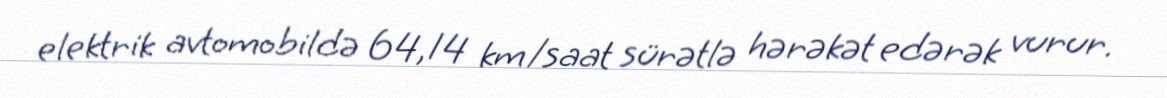
elektrik avtomobildə 64,14 km/saat sürətlə hərəkət edərək vurur.